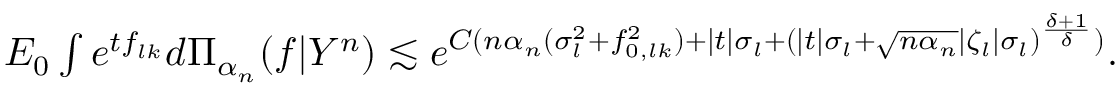
\begin{array} { r } { E _ { 0 } \int e ^ { t f _ { l k } } d \Pi _ { \alpha _ { n } } ( f | Y ^ { n } ) \lesssim e ^ { C ( n \alpha _ { n } ( \sigma _ { l } ^ { 2 } + f _ { 0 , l k } ^ { 2 } ) + | t | \sigma _ { l } + ( | t | \sigma _ { l } + \sqrt { n \alpha _ { n } } | \zeta _ { l } | \sigma _ { l } ) ^ { \frac { \delta + 1 } { \delta } } ) } . } \end{array}